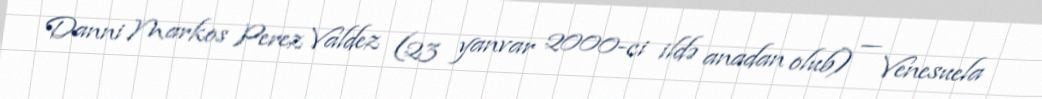
Danni Markos Perez Valdez (23 yanvar 2000-ci ildə anadan olub) — Venesuela